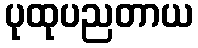
ပုထုပညတာယ